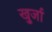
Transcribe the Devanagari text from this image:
खु्र्जा